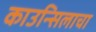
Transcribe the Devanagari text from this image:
काउन्सिलाचा